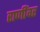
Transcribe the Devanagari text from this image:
राणींवर